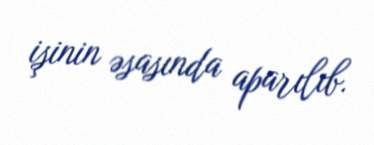
işinin əsasında aparılıb.